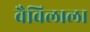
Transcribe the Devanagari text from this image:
वैविलाला